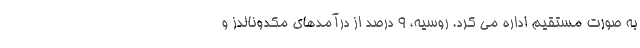
به صورت مستقیم اداره می کرد. روسیه، 9 درصد از درآمدهای مکدونالدز و